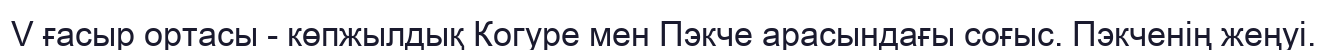
V ғасыр ортасы - көпжылдық Когуре мен Пэкче арасындағы соғыс. Пэкченің жеңуі.